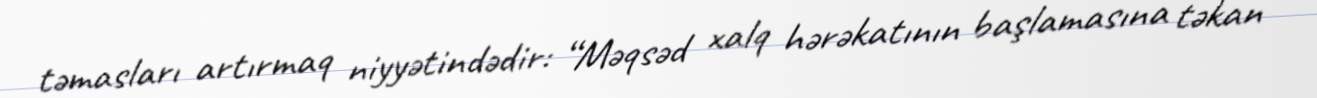
təmasları artırmaq niyyətindədir: “Məqsəd xalq hərəkatının başlamasına təkan